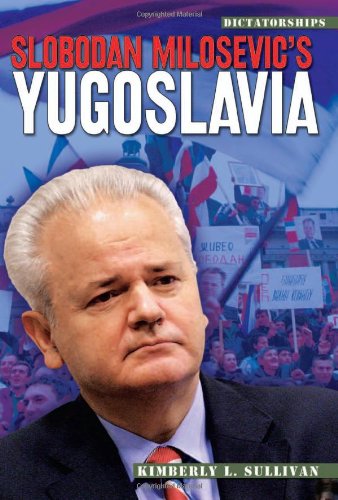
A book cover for Slobodan Milosevic's Yugoslavia (Dictatorships); Kimberly L. Sullivan; Teen & Young Adult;